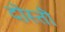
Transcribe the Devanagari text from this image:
दोस्तॊं